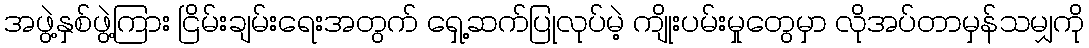
အဖွဲ့နှစ်ဖွဲ့ကြား ငြိမ်းချမ်းရေးအတွက် ရှေ့ဆက်ပြုလုပ်မဲ့ ကျိုးပမ်းမှုတွေမှာ လိုအပ်တာမှန်သမျှကို